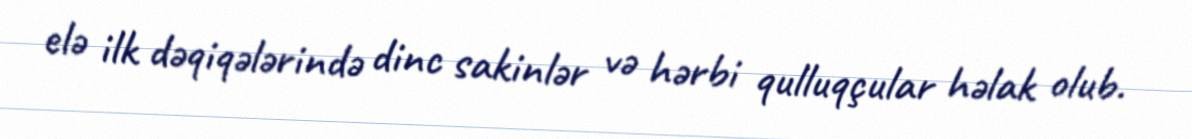
elə ilk dəqiqələrində dinc sakinlər və hərbi qulluqçular həlak olub.